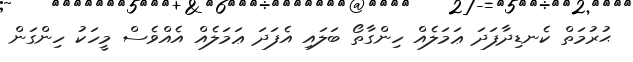
ޙުރުމަތް ކެނޑިދާފަދަ ޢަމަލެއް ހިންގާތޯ ބަލައި އެފަދަ ޢަމަލެއް އެއްވެސް މީހަކު ހިންގަން